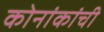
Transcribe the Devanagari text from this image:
कोनांकांची